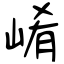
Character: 崤